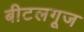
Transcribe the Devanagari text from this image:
बीटलगूज